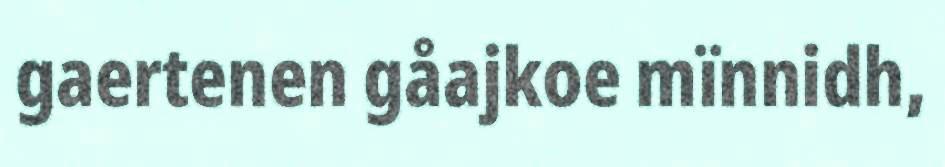
gaertenen gåajkoe mïnnidh,